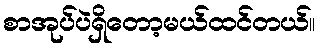
စာအုပ်ပဲရှိတော့မယ်ထင်တယ်။